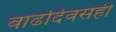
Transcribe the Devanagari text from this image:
वाढदिवसही